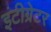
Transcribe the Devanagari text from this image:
इंटीग्रेटर